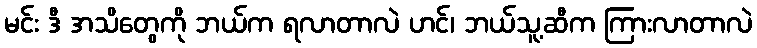
မင်း ဒီ အသိတွေကို ဘယ်က ရလာတာလဲ ဟင်၊ ဘယ်သူ့ဆီက ကြားလာတာလဲ